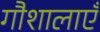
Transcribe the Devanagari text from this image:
गौशालाएँ